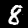
Digit: 8